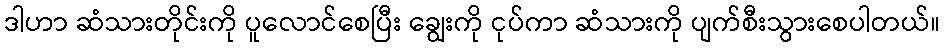
ဒါဟာ ဆံသားတိုင်းကို ပူလောင်စေပြီး ချွေးကို ငုပ်ကာ ဆံသားကို ပျက်စီးသွားစေပါတယ်။